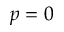
p = 0